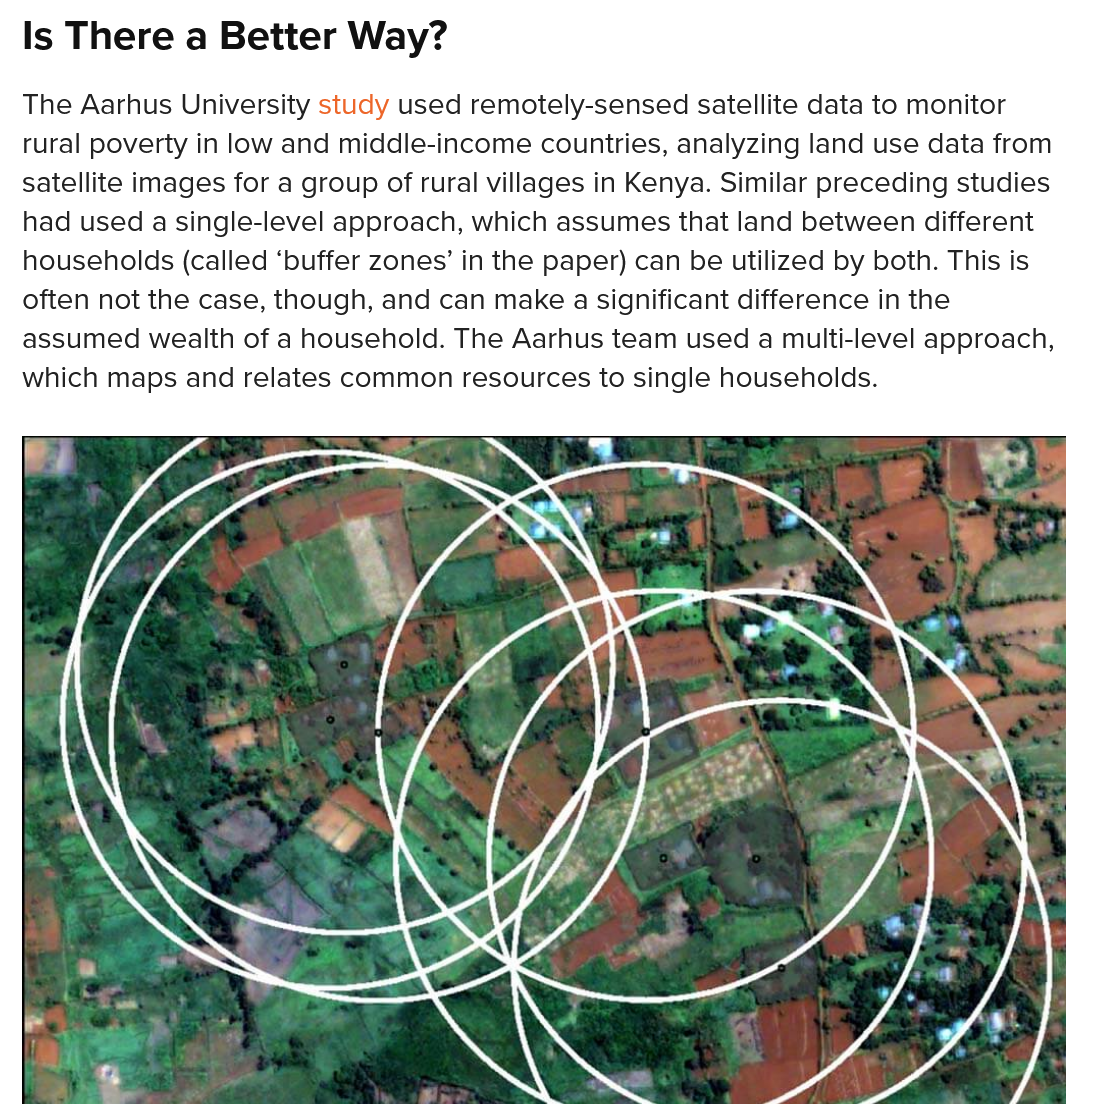
Is There   a  Better  Way?
  The Aarhus University study used remotely-sensed satellite data to monitor
  rural poverty in low and middle-income countries, analyzing land use data from
  satellite images for a group of rural villages in Kenya. Similar preceding studies
  had used a single-level approach, which assumes that land between different
  households (called ‘buffer zones’ in the paper) can be utilized by both. This is
  often not the case, though, and can make a significant difference in the
  assumed  wealth of a household. The Aarhus team used a multi-level approach,
  which maps and relates common resources to single households.